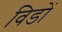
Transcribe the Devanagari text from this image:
विडों